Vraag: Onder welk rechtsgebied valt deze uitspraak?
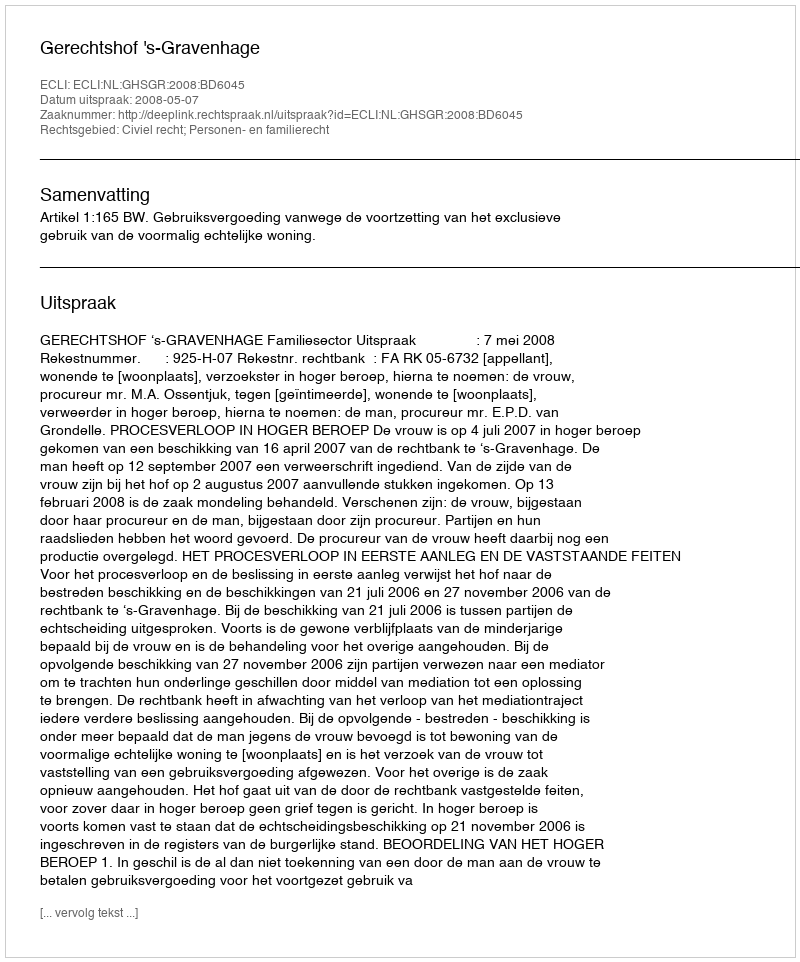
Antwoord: Civiel recht; Personen- en familierecht